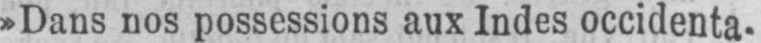
»Dans nos possessions aux Indes occidenta-